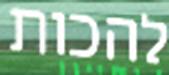
להכות